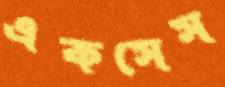
একসেস